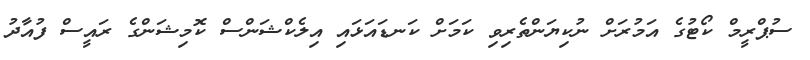
ސުޕްރީމް ކޯޓުގެ އަމުރަށް ނުކިޔަންތެރިވި ކަމަށް ކަނޑައަޅައި އިލެކްޝަންސް ކޮމިޝަންގެ ރައީސް ފުއާދު